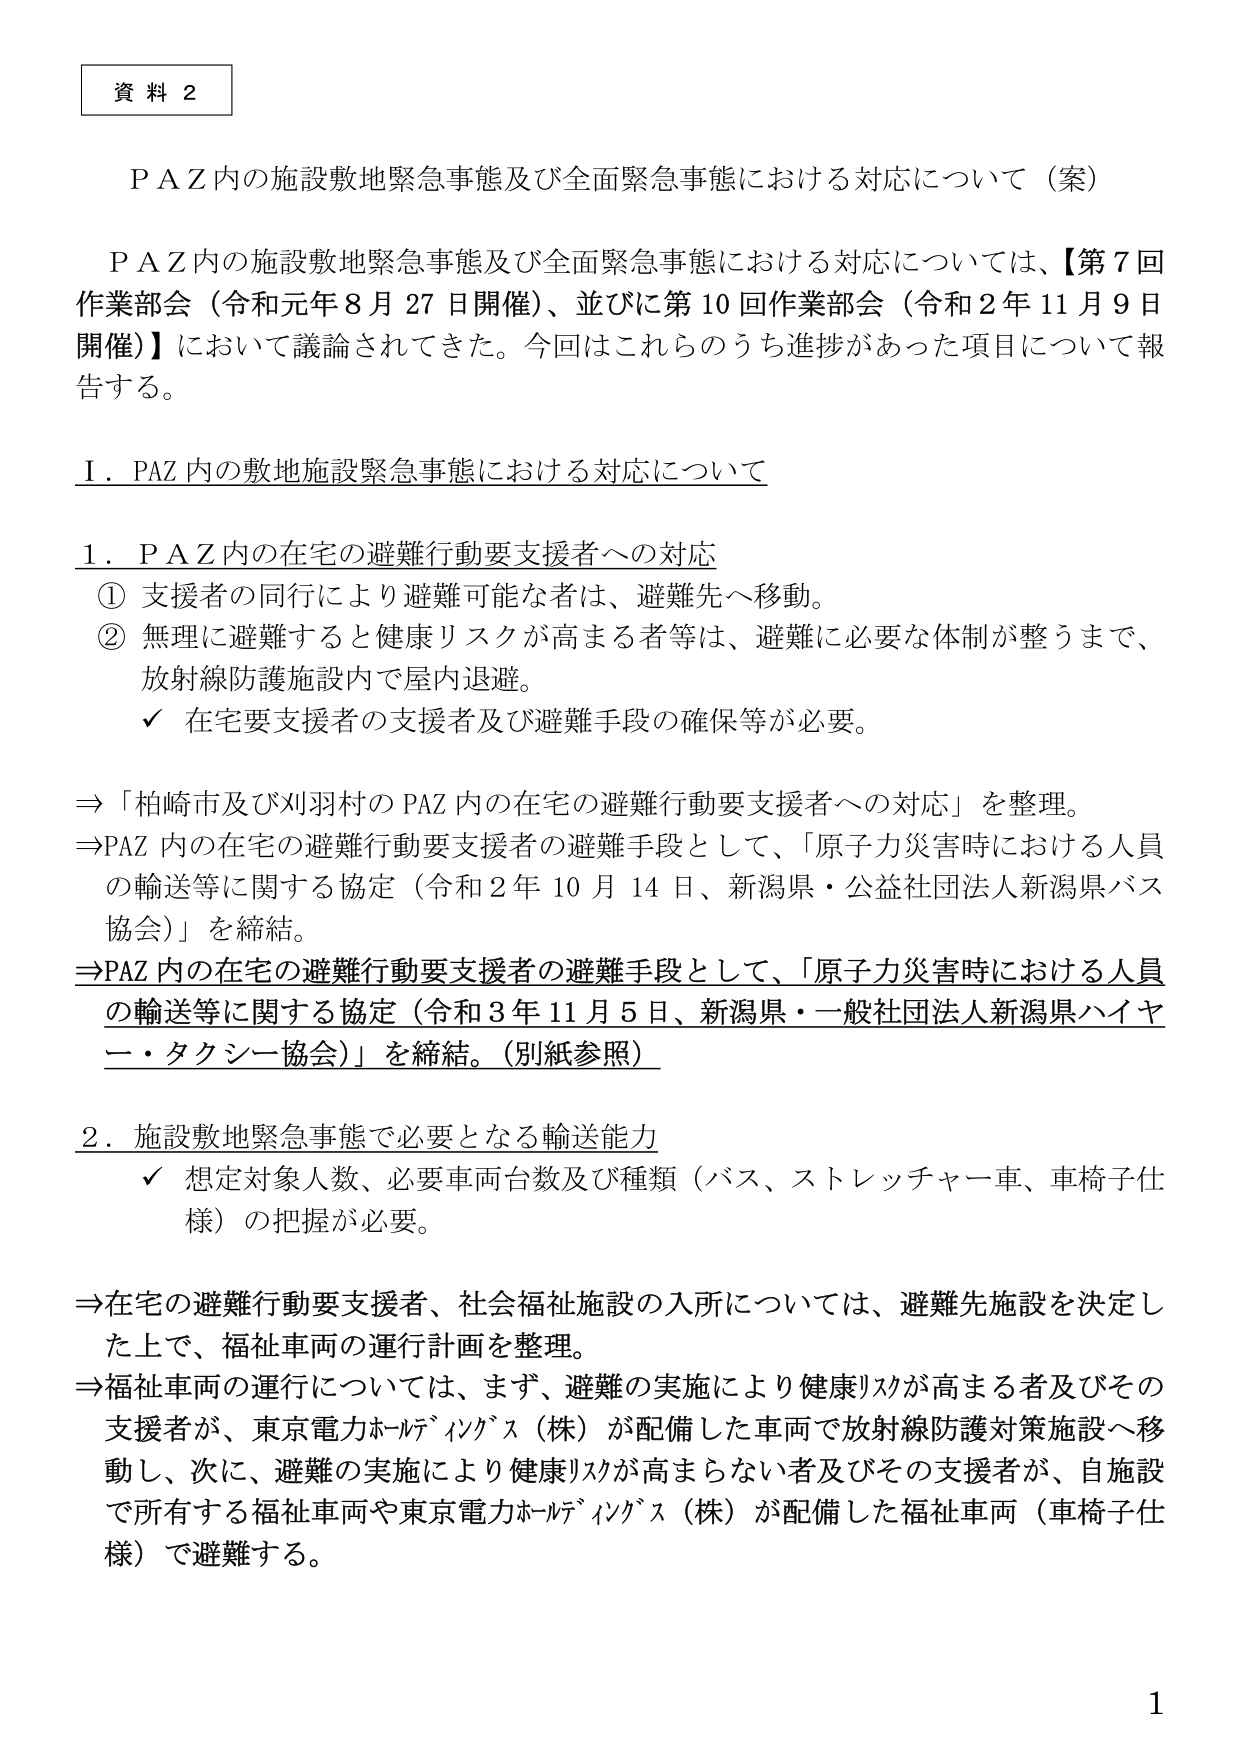
資料２

ＰＡＺ内の施設敷地緊急事態及び全面緊急事態における対応について（案）

ＰＡＺ内の施設敷地緊急事態及び全面緊急事態における対応については、【第７回作業部会（令和元年８月27日開催）、並びに第10回作業部会（令和2年11月9日開催）】において議論されてきた。今回はこれらのうち進捗があった項目について報告する。

Ⅰ．PAZ内の敷地施設緊急事態における対応について

１．ＰＡＺ内の在宅の避難行動要支援者への対応
① 支援者の同行により避難可能な者は、避難先へ移動。
② 無理に避難すると健康リスクが高まる者等は、避難に必要な体制が整うまで、放射線防護施設内で屋内退避。
　　✓ 在宅要支援者の支援者及び避難手段の確保等が必要。

⇒「柏崎市及び刈羽村のＰＡＺ内の在宅の避難行動要支援者への対応」を整理。
⇒ＰＡＺ内の在宅の避難行動要支援者の避難手段として、「原子力災害時における人員の輸送等に関する協定（令和2年10月14日、新潟県・公益社団法人新潟県バス協会）」を締結。
⇒ＰＡＺ内の在宅の避難行動要支援者の避難手段として、「原子力災害時における人員の輸送等に関する協定（令和3年11月5日、新潟県・一般社団法人新潟県ハイヤー・タクシー協会）」を締結。（別紙参照）

２．施設敷地緊急事態で必要となる輸送能力
　　✓ 想定対象人数、必要車両台数及び種類（バス、ストレッチャー車、車椅子仕様）の把握が必要。

⇒在宅の避難行動要支援者、社会福祉施設の入所については、避難先施設を決定した上で、福祉車両の運行計画を整理。
⇒福祉車両の運行については、まず、避難の実施により健康リスクが高まる者及びその支援者が、東京電力ホールディングス（株）が配備した車両で放射線防護対策施設へ移動し、次に、避難の実施により健康リスクが高まらない者及びその支援者が、自施設で所有する福祉車両や東京電力ホールディングス（株）が配備した福祉車両（車椅子仕様）で避難する。

1